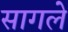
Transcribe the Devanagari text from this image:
सागले